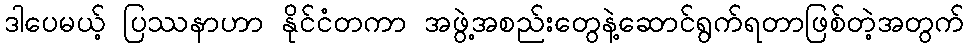
ဒါပေမယ့် ပြဿနာဟာ နိုင်ငံတကာ အဖွဲ့အစည်းတွေနဲ့ဆောင်ရွက်ရတာဖြစ်တဲ့အတွက်